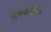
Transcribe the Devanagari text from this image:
व्हिस्कॉनसीन